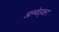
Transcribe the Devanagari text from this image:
आम्बेड्कर